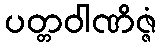
ပတ္တဝါဏိဇ္ဇံ